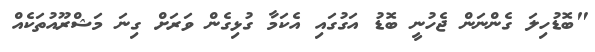
"ބޮޑުހިލަ ގެންނަން ޖެހުނީ ބޮޑު އަގުގައި އެކަމާ ގުޅިގެން ވަރަށް ގިނަ މަޝްރޫއުތަކެއް